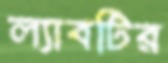
ল্যাবটির